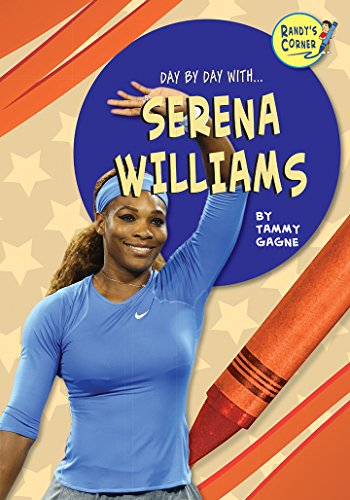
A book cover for Serena Williams (Randy's Corner: Day by Day With...); Tammy Gagne; Children's Books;